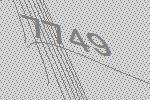
7749